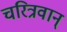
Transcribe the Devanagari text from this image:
चरित्रवान्‌